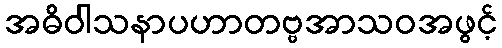
အဓိဝါသနာပဟာတဗ္ဗအာသဝအဖွင့်